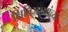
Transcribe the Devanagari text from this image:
क्षितिजसरांच्या